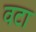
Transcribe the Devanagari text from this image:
वटा